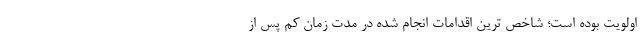
اولویت بوده است؛ شاخص ترین اقدامات انجام شده در مدت زمان کم پس از